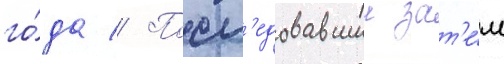
го́да // Посл'едовавшии зат'е́м